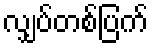
လျှပ်တစ်ပြက်